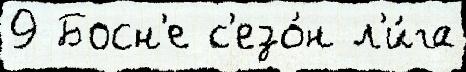
9 Босн'е с'езо́н л'и́га